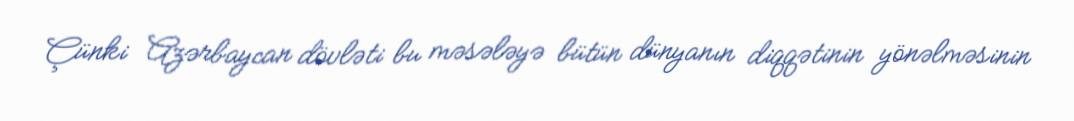
Çünki Azərbaycan dövləti bu məsələyə bütün dünyanın diqqətinin yönəlməsinin